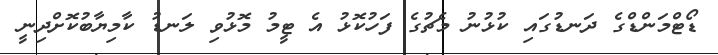
ޑޯޓްމަންޑްގެ ދަނޑުގައި ކުޅުނު މެޗުގެ ފަހުކޮޅު އެ ޓީމު މޮޅުވި ލަނޑު ކާމިޔާބުކޮށްދިނީ